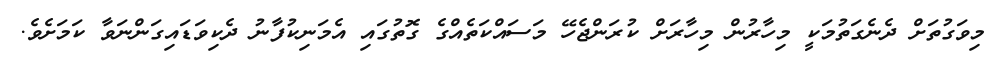
މިވަގުތަށް ދެނެގަތުމަކީ މިހާރުން މިހާރަށް ކުރަންޖެހޭ މަސައްކަތެއްގެ ގޮތުގައި އެމަނިކުފާނު ދެކިވަޑައިގަންނަވާ ކަމަށެވެ.